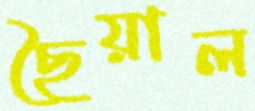
ছৈয়াল